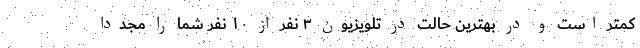
کمتر است و در بهترین حالت در تلویزیون ۳ نفر از ۱۰ نفر شما را مجددا